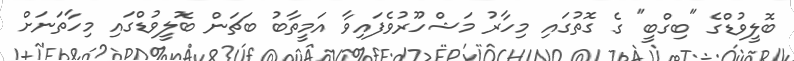
ބޮލީވުޑްގެ "ބިގްބީ" ގެ ގޮތުގައި މިހާރު މަޝްހޫރުވެފައިވާ އަމީތާބު ބަޗަން ބޮލީވުޑްގައި މިހާތަނަށް